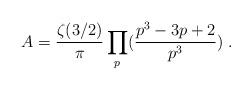
LaTeX: \begin{align*}A = \frac{\zeta(3/2)}\pi \prod_p(\frac{p^3-3p+2 }{p^3})\;.\end{align*}